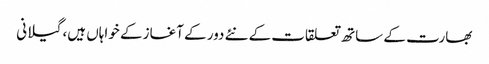
بھارت کے ساتھ تعلقات کے نئے دور کے آغاز کے خواہاں ہیں، گیلانی